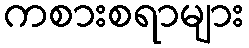
ကစားစရာများ